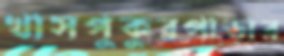
খাসপুকুরপাড়ার